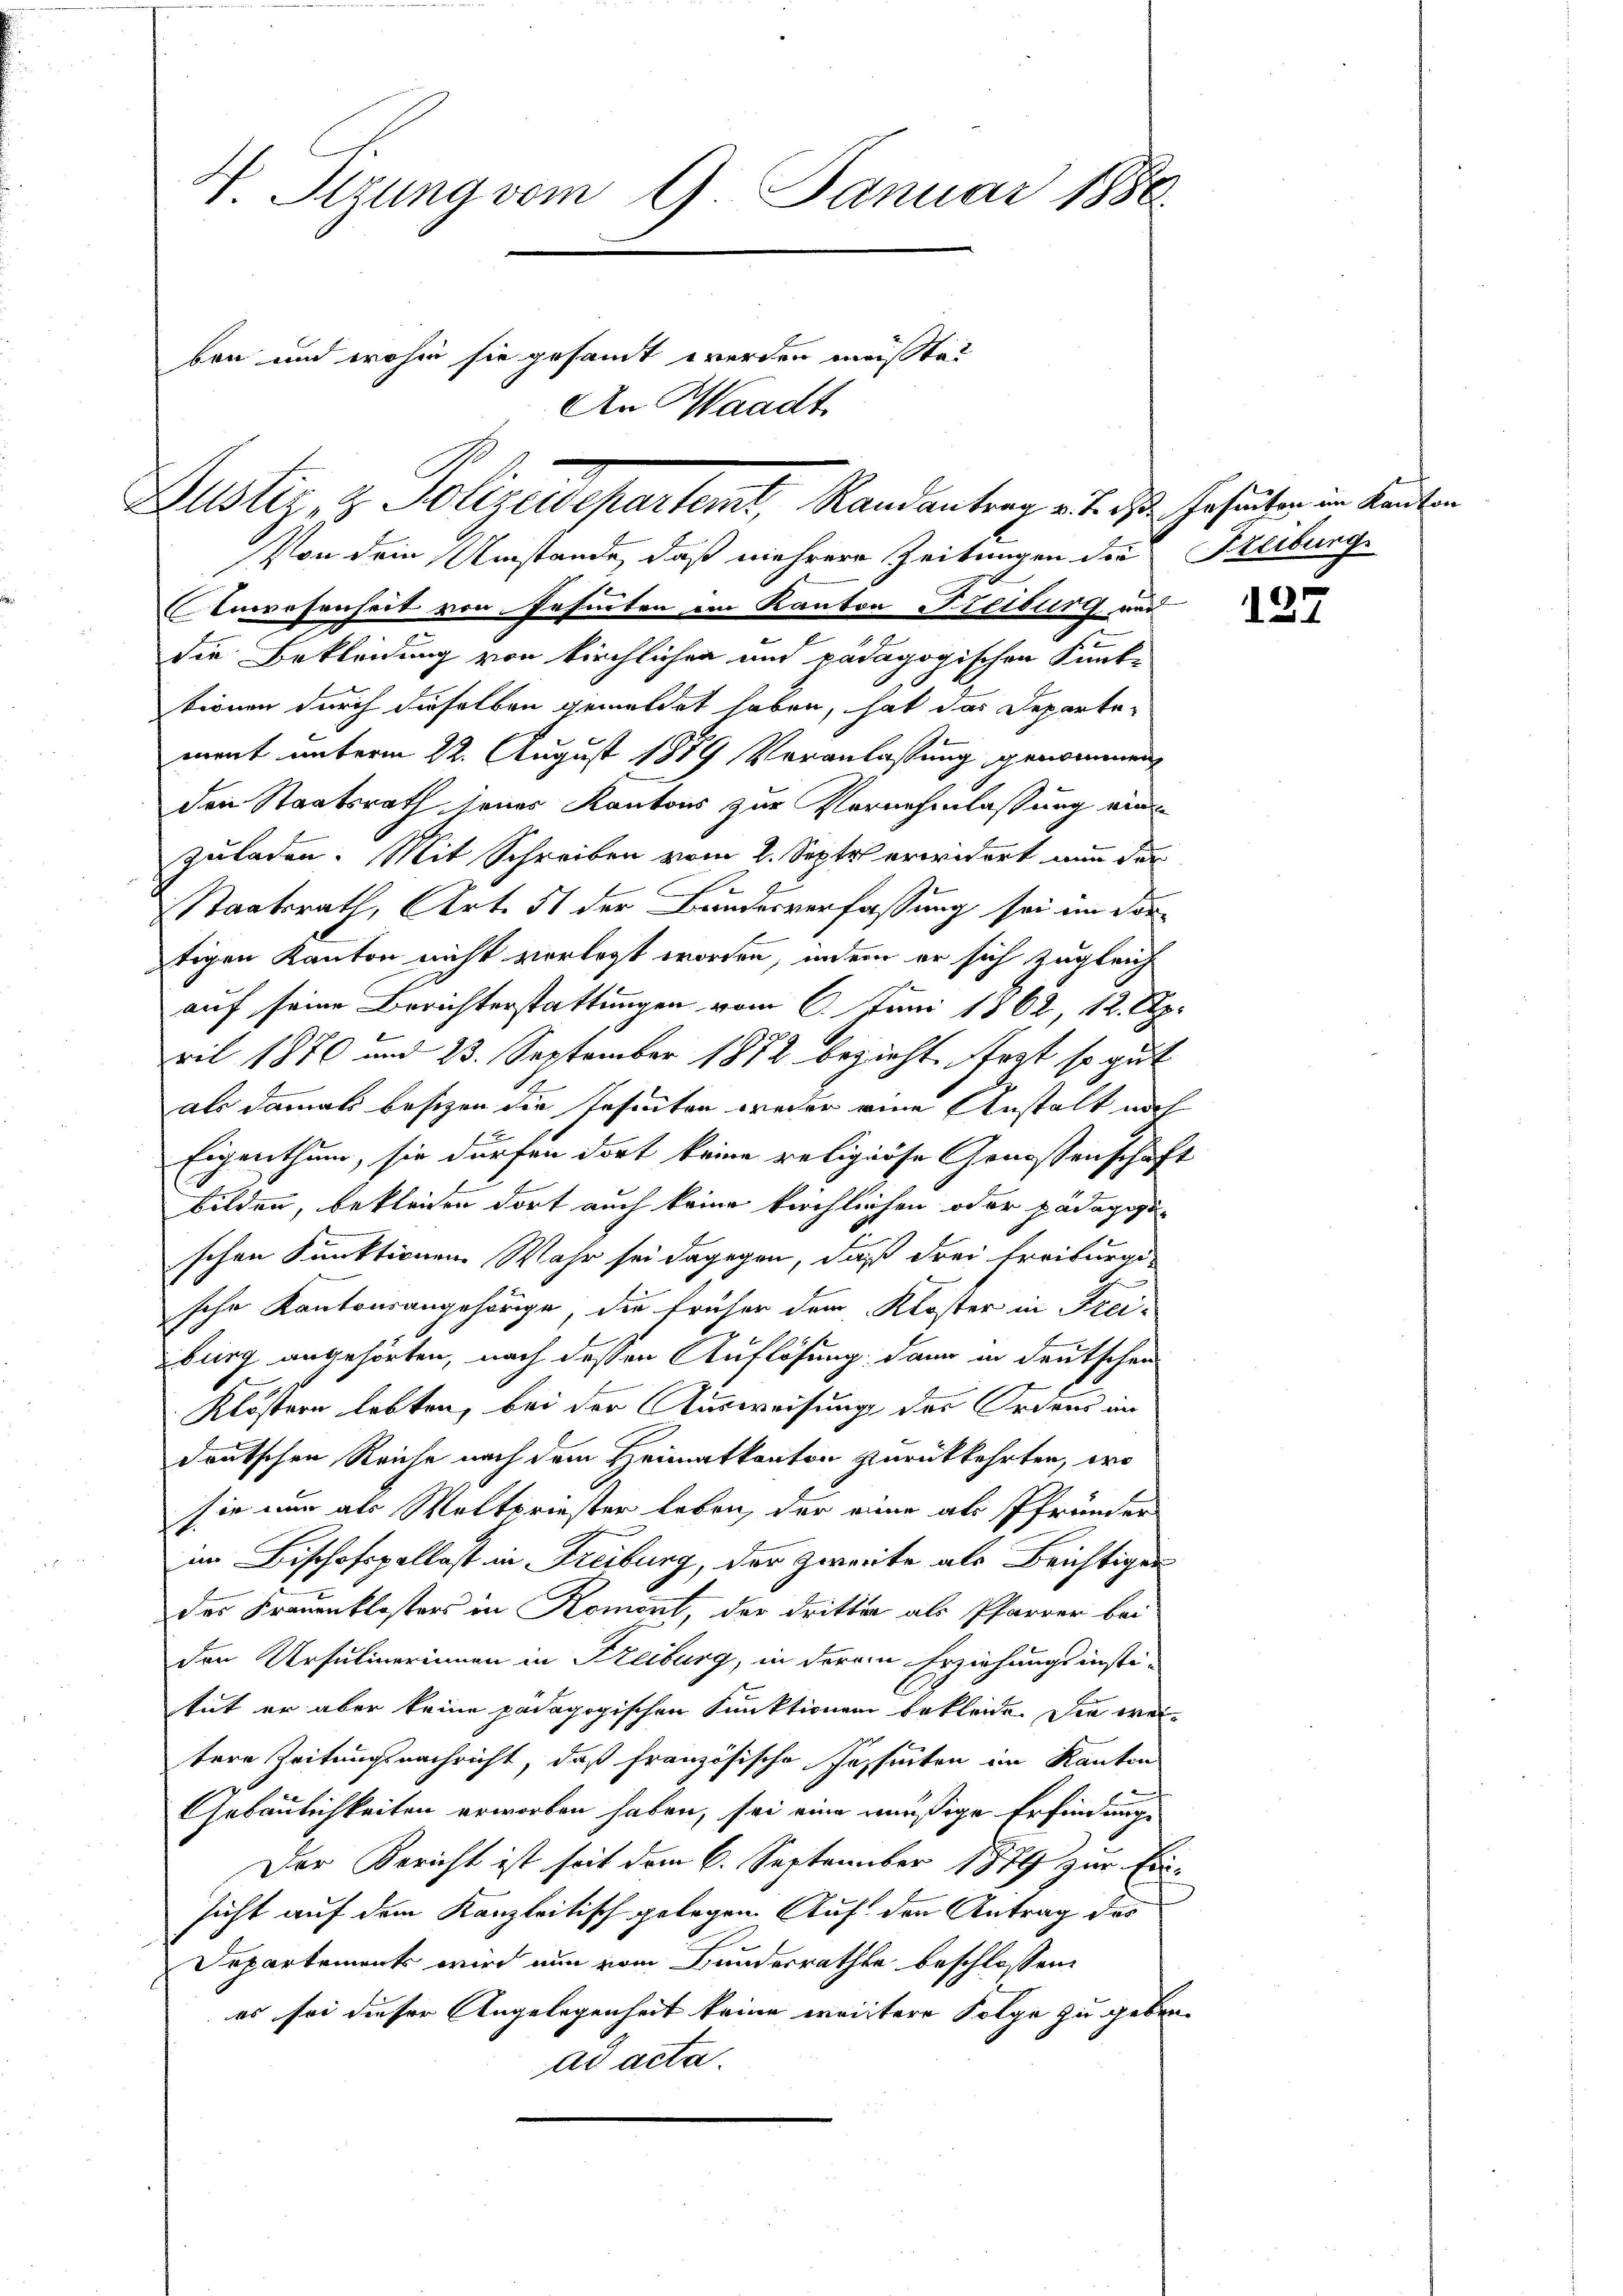
V. Sizung vom 9. Januar 1880.
ben und wohin sie gesamt werden meiste?
An Waadt

Justiz & Polizeidepartemt, Randantrag mit des Geseuten in Kanton
Von dem Umstände, daß mehrere Zeitungen die Freibung

Anwesenheit von Gesinten in Kanton Freiburg und
die Bekleidung von kirchlichen und pädagogischen Funk-
tionen durch dieselben gemeldet haben, hat das Departement unterm 22. August 1889 Veranlassung genommen,
den Staatsrath jenes Kantons zur Vernehmlassung eine
zuladen. Mit Schreiben vom 2. Septe erwidert nun der
b
Staatsrath, Art. 51 der Bandesverfassung sei im dortigen Kanton nicht verlegt worden, indem er sich zugleich
auf seine Berichterstattungen vom 6. Juni 1862, 12. April 1870 und 23. September 1872 bezieht fort so gut
als damals besizen die Insinten weder eine Anstalt noch
Eigenthum, sie dürfen dort keine religiöse Genossenschaft
bilden, bekleiden dort auch keine kirchlichen oder pädagogi-
schen Funktionen Wahr sei dagegen, daß drei Freiburgi
e
sche Kantonsangehörige, die früher dem Kloster in Frei-
burg angehörten, nach dessen Auflösung dann in deutschen
Klöstern lebten, bei der Ausweisung des Ordens in
deutschen Reiche nach dem Heimatkanton zurückkehrten, wo
sie nun als Weltpriester leben, der einer als Pfründen
im Bischofspallast in Freiburg, der zweite als Berichtigen
des Frauenklosters in Romont, der dritter als Pfarrer bei
den Ursulinerinnen in Freiburg, in derem Erziehungsinsti-
tut er aber keine pädagogischen Funktionen bekleide. Die wei-
tere Zeitungsnachricht, daß französische Forseiten im Kanton
Gebäulichkeiten erworben haben, sei eine mäßige Erfindungs
Der Bericht ist seit dem 6. September 1879 zur Einsicht auf dem Kanzleitisch gelegen. Auf den Antrag des
Departements wird nun vom Bundesrathe beschlossen:
es sei dieser Angelegenheit keine weitere Folge zu geben.
ad acta.

127